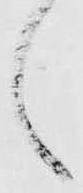
く